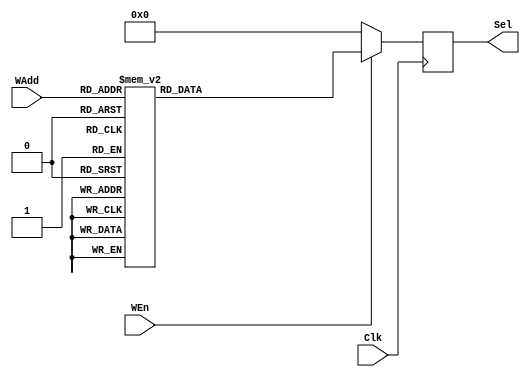
module Decoder(Sel, WAdd, WEn, Clk);
input [4:0] WAdd;
input WEn, Clk;

output reg [31:0] Sel;


always @(posedge Clk)
if(WEn == 1)
begin
	case(WAdd)
	5'b00000 : Sel = 32'b00000000000000000000000000000001;
	5'b00001 : Sel = 32'b00000000000000000000000000000010;
	5'b00010 : Sel = 32'b00000000000000000000000000000100;
	5'b00011 : Sel = 32'b00000000000000000000000000001000;
	5'b00100 : Sel = 32'b00000000000000000000000000010000;
	5'b00101 : Sel = 32'b00000000000000000000000000100000;
	5'b00110 : Sel = 32'b00000000000000000000000001000000;
	5'b00111 : Sel = 32'b00000000000000000000000010000000;
	5'b01000 : Sel = 32'b00000000000000000000000100000000;
	5'b01001 : Sel = 32'b00000000000000000000001000000000;
	5'b01010 : Sel = 32'b00000000000000000000010000000000;
	5'b01011 : Sel = 32'b00000000000000000000100000000000;
	5'b01100 : Sel = 32'b00000000000000000001000000000000;
	5'b01101 : Sel = 32'b00000000000000000010000000000000;
	5'b01110 : Sel = 32'b00000000000000000100000000000000;
	5'b01111 : Sel = 32'b00000000000000001000000000000000;
	5'b10000 : Sel = 32'b00000000000000010000000000000000;
	5'b10001 : Sel = 32'b00000000000000100000000000000000;
	5'b10010 : Sel = 32'b00000000000001000000000000000000;
	5'b10011 : Sel = 32'b00000000000010000000000000000000;
	5'b10100 : Sel = 32'b00000000000100000000000000000000;
	5'b10101 : Sel = 32'b00000000001000000000000000000000;
	5'b10110 : Sel = 32'b00000000010000000000000000000000;
	5'b10111 : Sel = 32'b00000000100000000000000000000000;
	5'b11000 : Sel = 32'b00000001000000000000000000000000;
	5'b11001 : Sel = 32'b00000010000000000000000000000000;
	5'b11010 : Sel = 32'b00000100000000000000000000000000;
	5'b11011 : Sel = 32'b00001000000000000000000000000000;
	5'b11100 : Sel = 32'b00010000000000000000000000000000;
	5'b11101 : Sel = 32'b00100000000000000000000000000000;
	5'b11110 : Sel = 32'b01000000000000000000000000000000;
	5'b11111 : Sel = 32'b10000000000000000000000000000000;
	endcase
end
else
begin
Sel = 32'b00000000000000000000000000000000;
end

endmodule